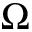
{ \boldsymbol \Omega }